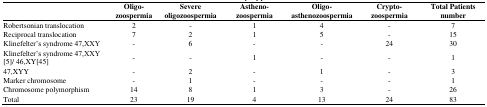
|  | Oligo-zoospermia | Severe oligozoospermia | Astheno-zoospermia | Oligo-asthenozoospermia | Crypto-zoospermia | Total Patients number |
 | --- | --- | --- | --- | --- | --- | --- |
 | Robertsonian translocation | 2 | - | 1 | 4 | - | 7 |
 | Reciprocal translocation | 7 | 2 | 1 | 5 | - | 15 |
 | Klinefelter’s syndrome 47,XXY | - | 6 | - | - | 24 | 30 |
 | Klinefelter’s syndrome 47,XXY [5]/ 46,XY[45] | - | - | 1 | - | - | 1 |
 | 47,XYY | - | 2 | - | 1 | - | 3 |
 | Marker chromosome | - | 1 | - | - | - | 1 |
 | Chromosome polymorphism | 14 | 8 | 1 | 3 | - | 26 |
 | Total | 23 | 19 | 4 | 13 | 24 | 83 |